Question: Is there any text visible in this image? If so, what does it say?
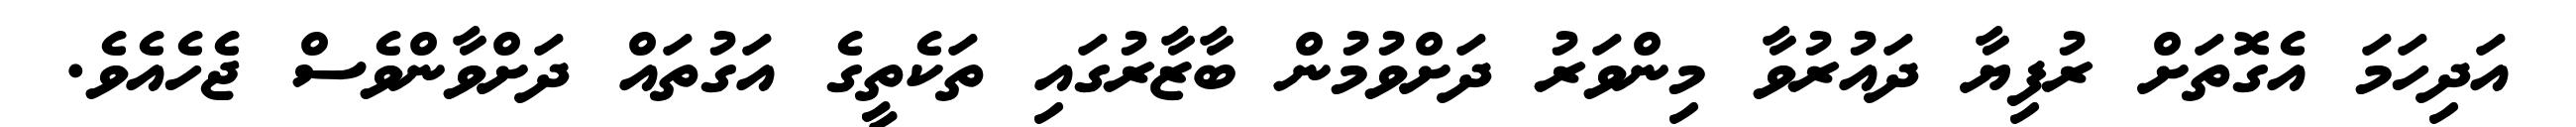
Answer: އަދިހަމަ އެގޮތަށް ރުފިޔާ ދައުރުވާ މިންވަރު ދަށްވުމުން ބާޒާރުގައި ތަކެތީގެ އަގުތައް ދަށްވާންވެސް ޖެހެއެވެ.